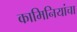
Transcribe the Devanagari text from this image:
कामिनियांचा